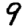
Digit: 9